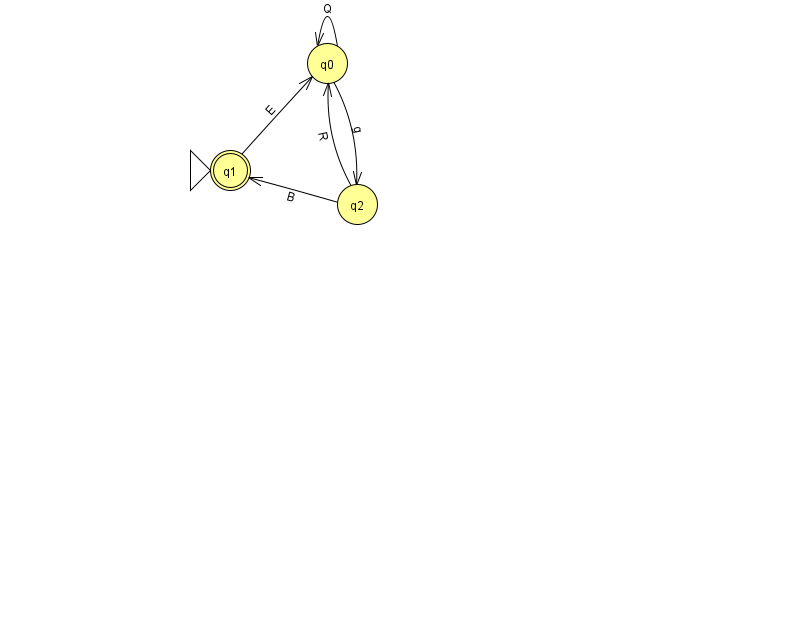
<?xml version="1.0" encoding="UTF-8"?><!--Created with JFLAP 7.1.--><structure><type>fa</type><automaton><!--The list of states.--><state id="0" name="q0"><x>327.0</x><y>50.0</y></state><state id="1" name="q1"><x>230.0</x><y>157.0</y><initial/><final/></state><state id="2" name="q2"><x>357.0</x><y>191.0</y></state><!--The list of transitions.--><transition><from>0</from><to>0</to><read>Q</read></transition><transition><from>2</from><to>1</to><read>B</read></transition><transition><from>1</from><to>0</to><read>E</read></transition><transition><from>0</from><to>2</to><read>g</read></transition><transition><from>2</from><to>0</to><read>R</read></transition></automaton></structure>